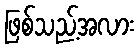
ဖြစ်သည့်အလား